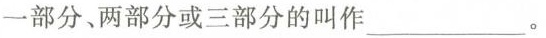
部分、两部分或三部分的叫作 ___。